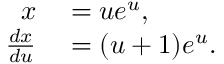
\begin{array} { r l } { x } & { { } = u e ^ { u } , } \\ { { \frac { d x } { d u } } } & { { } = ( u + 1 ) e ^ { u } . } \end{array}